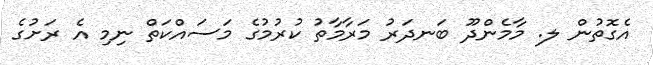
އެގޮތުން ލ. މާމެންދޫ ބަނދަރު މަރާމާތު ކުރުމުގެ މަސައްކަތް ނިމި އެ ރަށުގެ